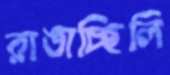
রাঙাচ্ছিলি